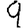
Digit: 9